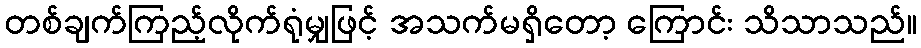
တစ်ချက်ကြည့်လိုက်ရုံမျှဖြင့် အသက်မရှိတော့ ကြောင်း သိသာသည်။